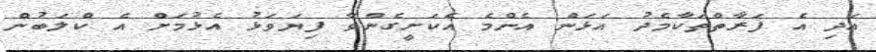
އަދި އެ ފަރާތްތަކާމެދު އަޅަން އެންމެ އެކަށީގެންވާ ފިޔަވަޅު އެޅުމަށް އެ ކްލަބުން